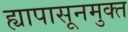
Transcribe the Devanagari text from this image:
ह्यापासूनमुक्त